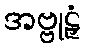
အဗ္ဗုဠှံ